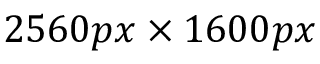
2 5 6 0 p x \times 1 6 0 0 p x